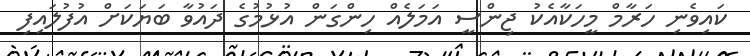
ކައިވެނި ހަރާމް މީހަކާއެކު ޖިންސީ އަމަލެއް ހިންގަން އުޅުމުގެ ދައުވާ ބަޔަކަށް އުފުލައިފި